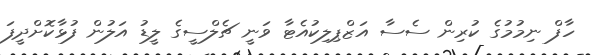
ހާފް ނިމުމުގެ ކުރިން ސެސާ އަޒްޕިލިކުއެޓާ ވަނީ ޗެލްސީގެ ލީޑު އަލުން ފުޅާކޮށްދީފަ